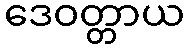
ဒေဝတ္တာယ